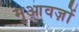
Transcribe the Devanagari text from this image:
मुआवज़ों